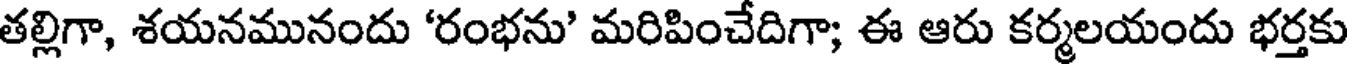
తల్లిగా, శయనమునందు 'రంభను' మరిపించేదిగా; ఈ ఆరు కర్మలయందు భర్తకు